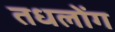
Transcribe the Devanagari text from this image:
तधलोंग